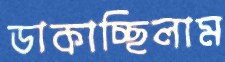
ডাকাচ্ছিলাম